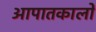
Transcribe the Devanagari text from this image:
आपातकालों